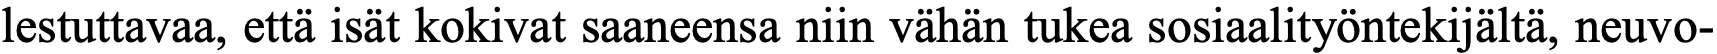
lestuttavaa, että isät kokivat saaneensa niin vähän tukea sosiaalityöntekijältä, neuvo-